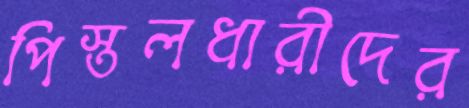
পিস্তলধারীদের